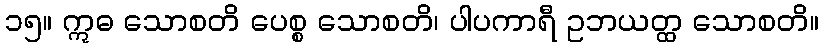
၁၅။ ဣဓ သောစတိ ပေစ္စ သောစတိ၊ ပါပကာရီ ဥဘယတ္ထ သောစတိ။